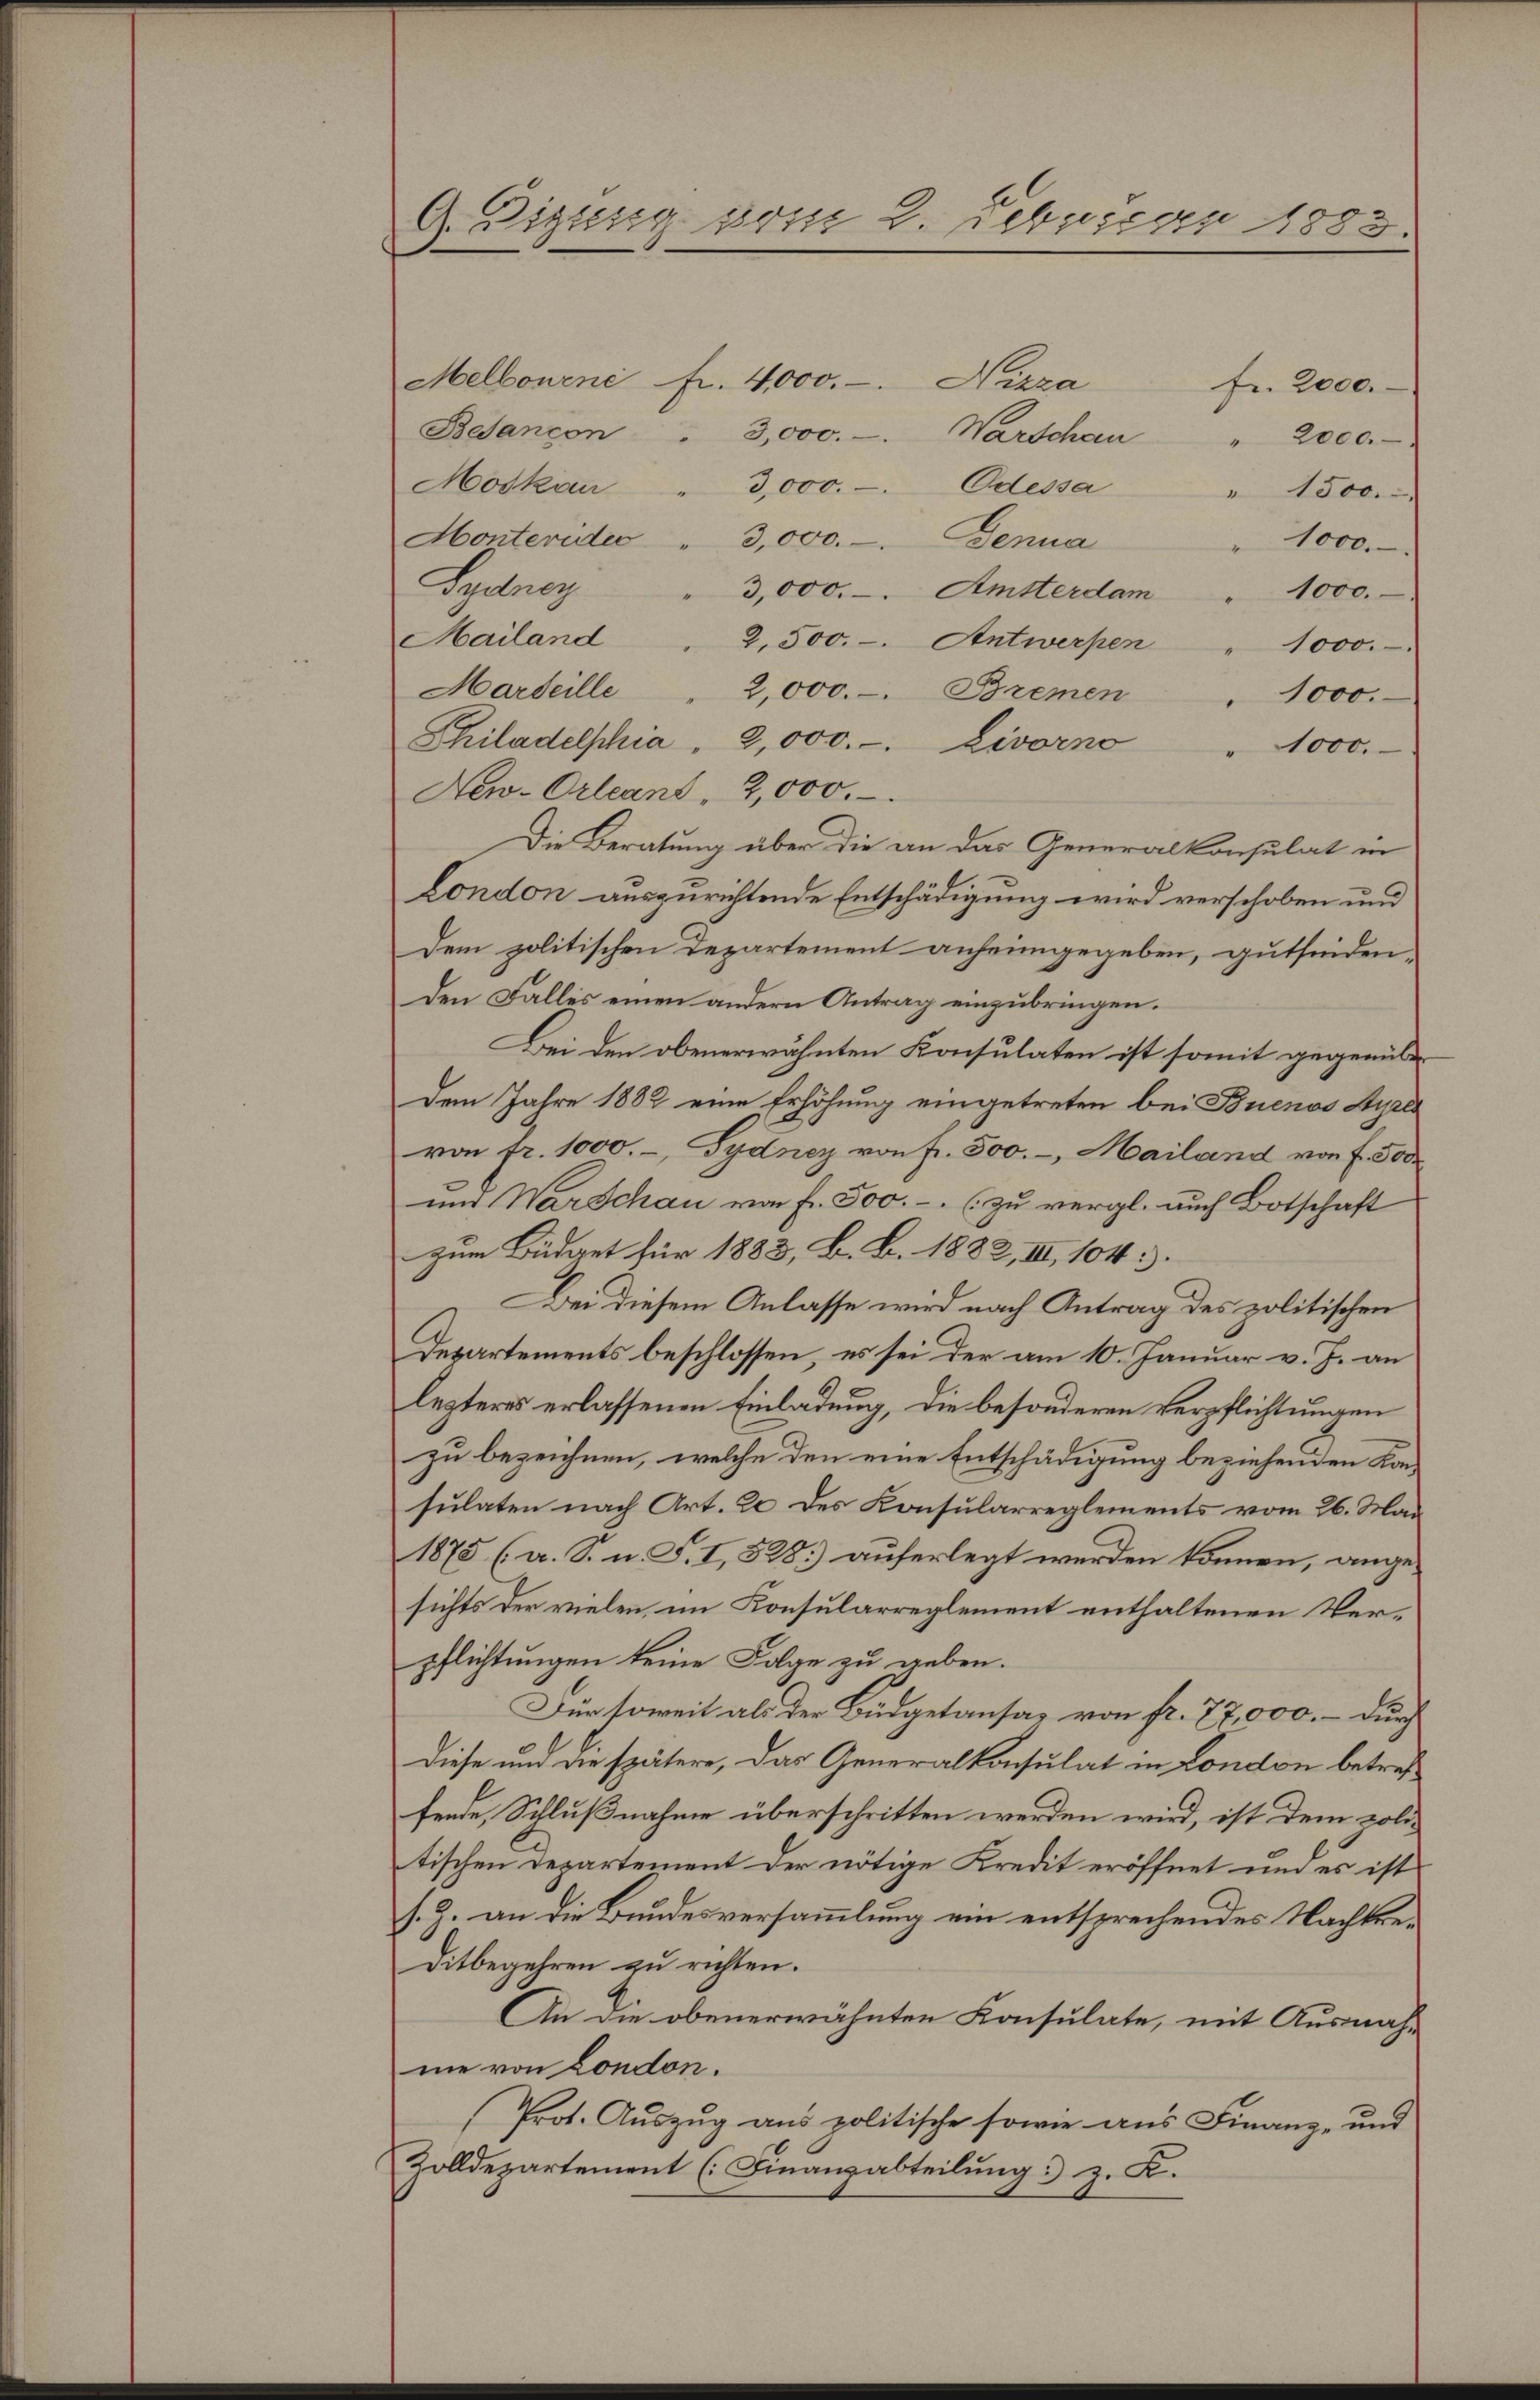
G. Digung vom 2. Februar 1883.

Melbourné fr. 4,000.- Nizza
Besancon
3,000.-. Warschen
" 2000.
Moskau
3,000.-. Odessa
" 1500.
Honterider " 3,000.- Benna
1000.
Sydner
3,000.- Amtterdam
1000.
Mailand
2,500. - Antwerpen
1000.
Marseille
2,000.-. Bremen
1000.
Chiladelphia 2,000.- Livorno " 1000.
New-Orleant, 2,000.
Die Beratung über die an das Generalkonsulat in
London auszurichtende Entschädigung wird verschoben und
Dem politischen Departement anheimgegeben, gutfinden¬
Den Falles einen andern Antrag einzubringen.
Bei den obenerwähnten Konsulaten ist somit gegenüber
Dem Jahre 1882 eine Erhöhung eingetreten bei Buenos Ayre
von fr. 1000.-, Sydney von fr. 500.-, Mailand von f. 300
und Warschau von fr. 500.- (zu vergl. auch Botschaft
zum Büdget für 1883, B. B. 1882, III, 104:
Bei diesem Anlasse wird nach Antrag des politischen
Departements beschlossen, es sei der am 10. Januar v. J. an
lezteres erlassenen Einladung, die besonderen Verpflichtungen
zu bezeichnen, welche den eine Entschädigung beziehenden Konsulaten nach Art. 20 des Konsularreglements vom 26. Mai
1875 (a. S. n. F. I, 528) auferlegt werden können, angesichts der vielen, im Konsularreglement enthaltenen Verpflichtungen keine Folge zu geben.
Für soweit als der Büdgetansaz von fr. 77,000. – durch
Diese und die spätere, das Generalkonsulat in London betreffende, Schlußnahme überschritten werden wird, ist dem politischen Departement der nötige Kredit eröffnet und es ist
s. Z. an die Bundesversammlung ein entsprechendes Nachkre¬
Ditbegehren zu richten.
An die obenerwähnten Konsulate, mit Ausnah-
me von London.
Prot. Auszug aus politische sowie aus Finanz- und
Zolldepartement (Finanzabteilung) z. K.

Fr. 2000.